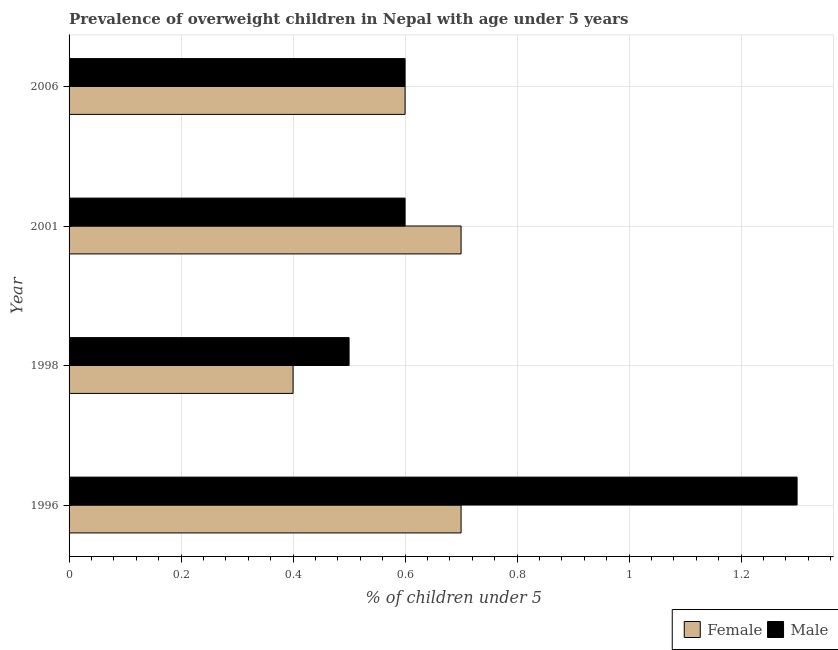
| Year | Female | Male |
 | --- | --- | --- |
 | 1996 | 0.7 | 1.3 |
 | 1998 | 0.4 | 0.5 |
 | 2001 | 0.7 | 0.6 |
 | 2006 | 0.6 | 0.6 |